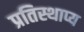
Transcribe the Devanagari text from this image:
प्रतिस्थाप्य